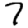
Digit: 7